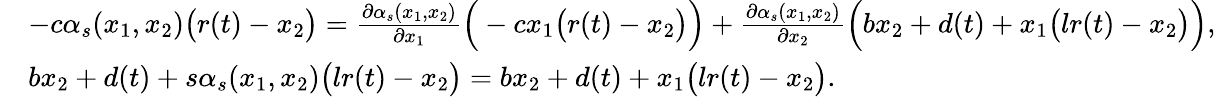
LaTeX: \begin{array}{rl}&{-c\alpha_{s}(x_{1},x_{2})\big(r(t)-x_{2}\big)=\frac{\partial\alpha_{s}(x_{1},x_{2})}{\partial x_{1}}\Big(-cx_{1}\big(r(t)-x_{2}\big)\Big)+\frac{\partial\alpha_{s}(x_{1},x_{2})}{\partial x_{2}}\Big(bx_{2}+d(t)+x_{1}\big(lr(t)-x_{2}\big)\Big),}\\ &{bx_{2}+d(t)+s\alpha_{s}(x_{1},x_{2})\big(lr(t)-x_{2}\big)=bx_{2}+d(t)+x_{1}\big(lr(t)-x_{2}\big).}\end{array}